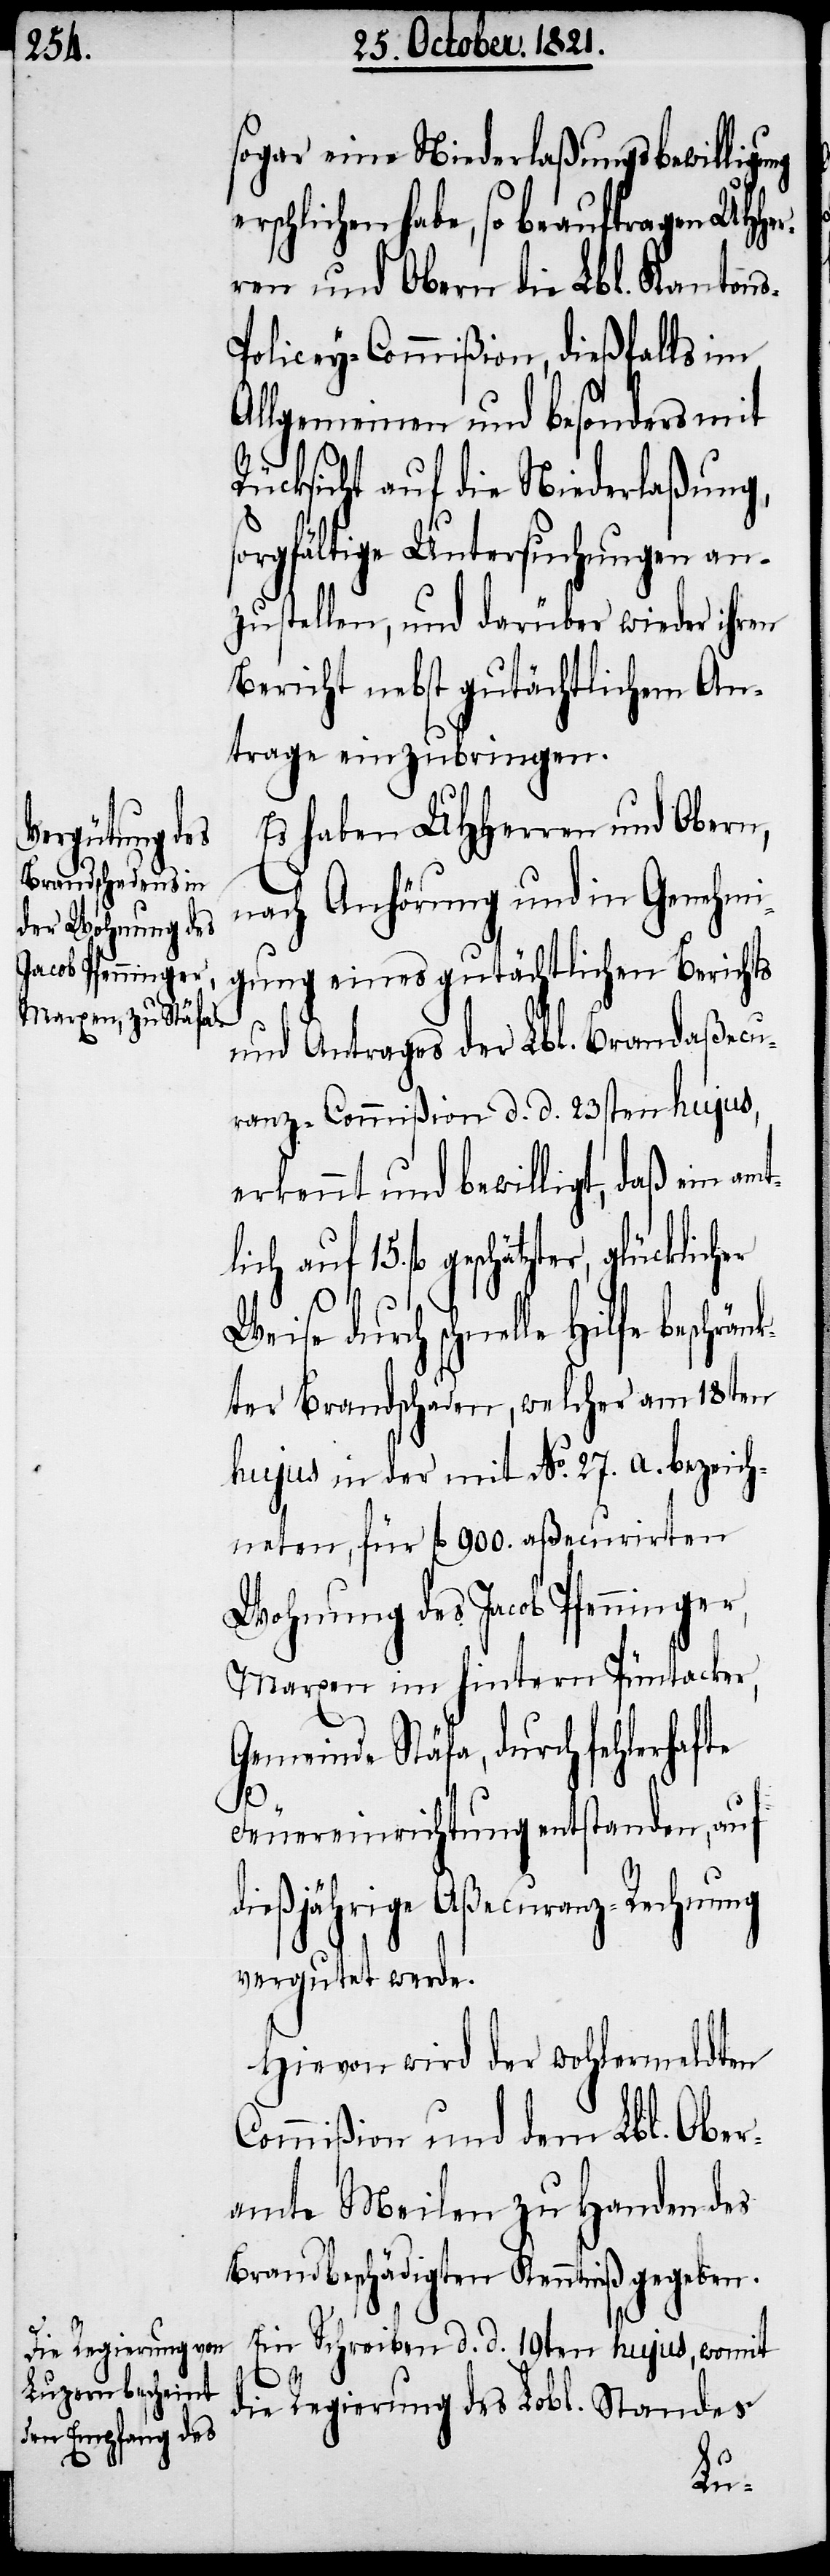
sogar eine Niederlaßungsbewilligung
geschätzter, glücklicher Weise
ren und Obern die Lbl. Kanton¬
olicey-Commißion, dießfalls im
Allgemeinen und besonders mit
Rücksicht auf die Niederlaßung,
sorgfältige Untersuchungen an¬
zustellen, und darüber wieder ihren
Bericht nebst gutächtlichem An¬
trage einzubringen.
Es haben UHHerren und Obern,
nach Anhörung und in Genehmi¬
gung eines gutächtlichen Berichts
und Antrages der Lbl. Brandaßecu¬
ranz-Commißion d. d. 23sten hujus,
erkennt und bewilligt, daß ein amt¬
durch schnelle Hilfe beschränk¬
ter Brandschaden, welcher am 18ten
hujus in der mit No. 27. bezeich¬
neten, für fl. 900. aßecurirten
Wohnung des Jacob Pfenninger,
Marxen im hintern Püntacker,
Gemeinde Stäfa, durch fehlerhafte
Feuereinrichtung entstanden, auf
dießjährige Aßecuranz-Rechnung
vergutet werde.
Hievon wird der wohlermeldten
Commißion und dem Lbl. Ober¬
amte Meilen zu Handen des
Brandbeschädigten Kenntniß gegeben.
Ein Schreiben d. d. 19ten hujus, womit
15. fl.
die Regierung des Lobl. Standes
lich